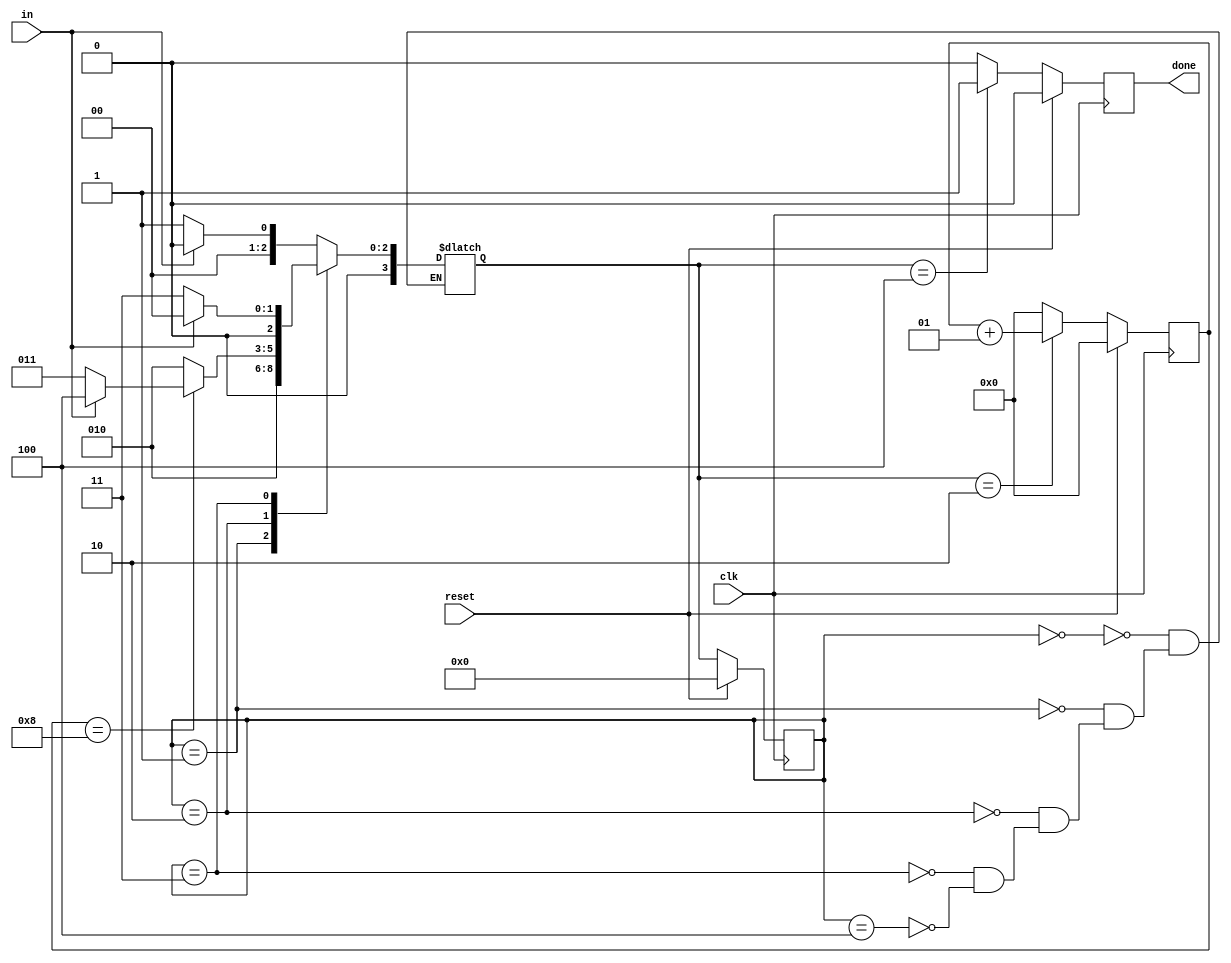
module top_module(
    input clk,
    input in,
    input reset,    // Synchronous reset
    output done
); 
    parameter IDLE=0, START=1, RECEIVE=2, WAIT=3, STOP=4;
    reg [3:0] ps, ns;
    integer i=0;
    
    always @(posedge clk)
        begin
            if(reset)
                ps <= IDLE;
            else
                ps <= ns;
        end
    
    always@(*)
        begin
            case(ps)
                IDLE : ns = in? IDLE: START;
                START : ns = RECEIVE;
                RECEIVE : begin if (i == 8) begin
                    if (in) ns = STOP;
					else ns = WAIT;
				end 
				else ns = RECEIVE; end
                WAIT : begin ns = (in) ? IDLE : WAIT; end
                STOP : begin ns = (in) ? IDLE : START; end
            endcase
        end
    
    always @(posedge clk)
        begin
            if(reset)
                begin
                    done <= 0;
                    i <= 0;
                end
            else
                begin
                    case(ns)
                        RECEIVE : begin done<=0; i<=i+1; end
                        STOP : begin done<=1; i<=0; end
                        default : begin done<=0; i<=0; end
                    endcase
                end
        end
    
endmodule